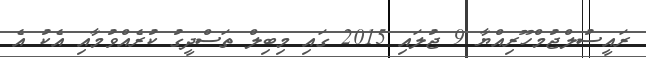
ރައީސުލްޖުމްހޫރިއްޔާ 9 ޖުލައި 2015 ގައި މިބިލް ތަސްދީގު ކުރެއްވުމާއި އެކު އެ